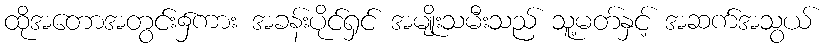
ထိုအတောအတွင်း၌ကား အခန်းပိုင်ရှင် အမျိုးသမီးသည် သူ့မတ်နှင့် အဆက်အသွယ်